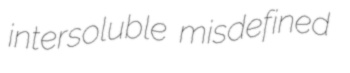
intersoluble misdefined